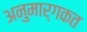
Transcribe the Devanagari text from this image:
अनुमार्गकत